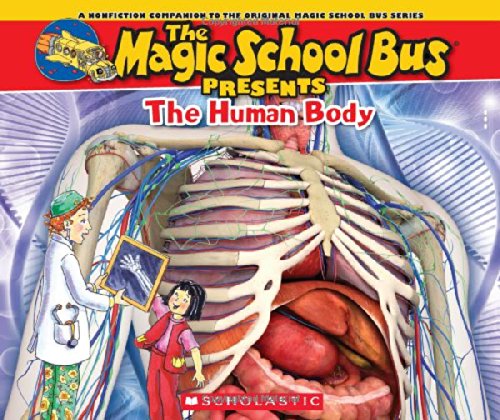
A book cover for Magic School Bus Presents: The Human Body: A Nonfiction Companion to the Original Magic School Bus Series; Tom Jackson; Children's Books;